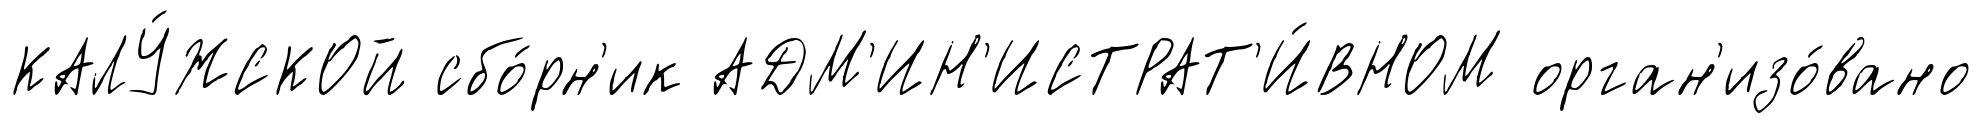
КАЛУ́ЖСКОЙ сбо́рн'ик АДМ'ИН'ИСТРАТ'И́ВНОМ орган'изо́вано